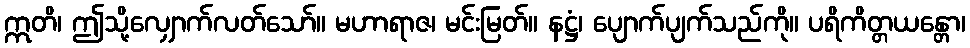
ဣတိ၊ ဤသို့လျှောက်လတ်သော်။ မဟာရာဇ၊ မင်းမြတ်။ နဋ္ဌံ၊ ပျောက်ပျက်သည်ကို။ ပရိကိတ္တယန္တော၊